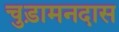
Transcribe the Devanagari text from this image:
चुड़ामनदास